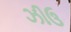
ઝીઉ